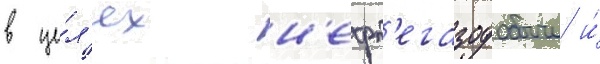
в це́л'ях н'ефт'егазодобычи и́